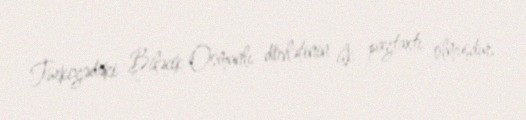
Türkiyədəki Biləcik Osmanlı dövlətinin ilk paytaxtı olmuşdur.